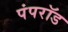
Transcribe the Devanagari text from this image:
पंपरॉड